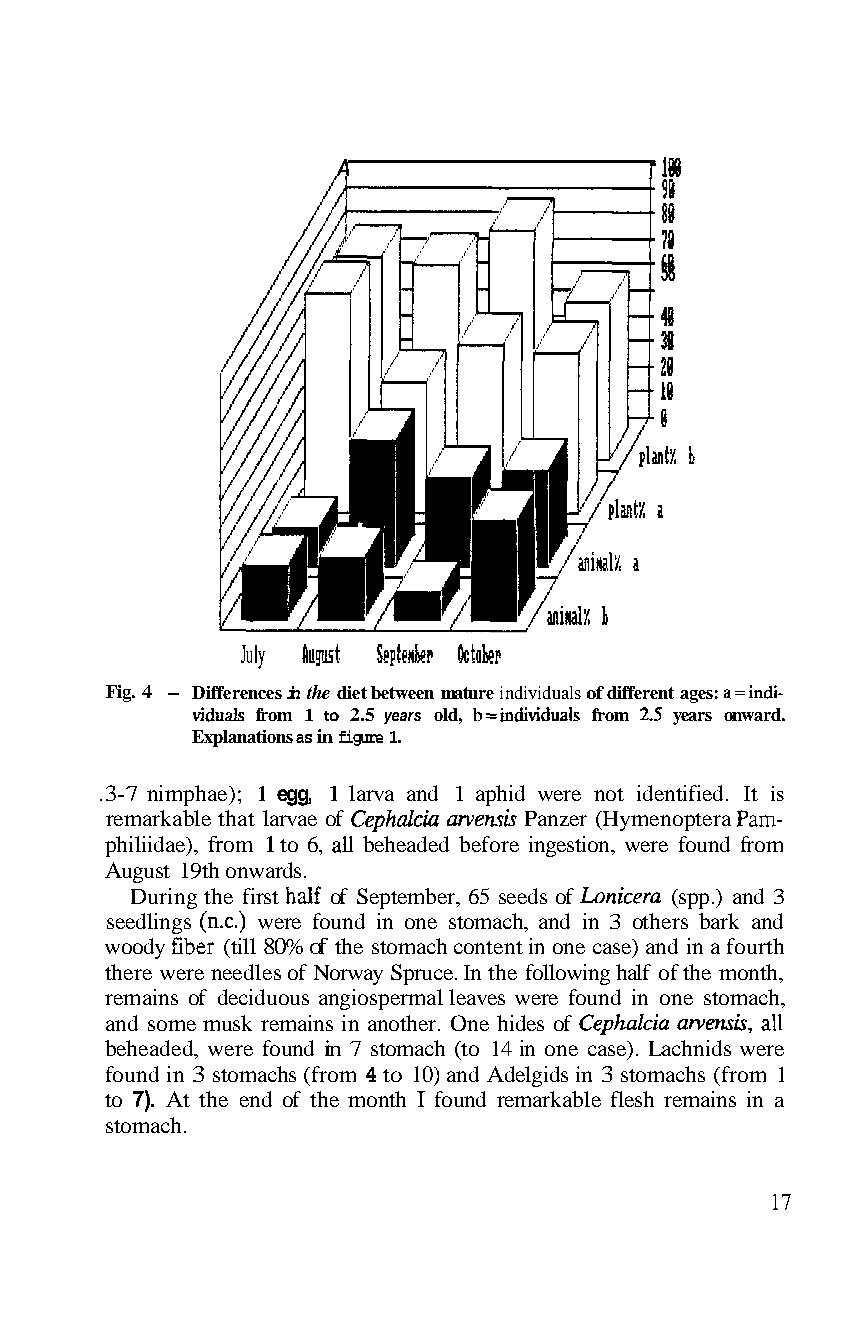
A                    I I#
 98
 i8
 4 1-
 58
 July August Septenher Octokr
 Fig. 4 - Differences in the diet between mature individuals of different ages: a=indi-
 viduals from 1 to 2.5 years old, b=individuak from 25 years onward.
 Explanations as in figure 1.
 .3-7 nimphae); 1 egg, 1 larva and 1 aphid were not identified. It is
 remarkable that larvae of Cephalcia arvenslr Panzer (Hymenoptera Pam-
 philiidae), from 1 to 6, ail beheaded before ingestion, were found from
 August 19th onwards.
 During the first half of September, 65 seeds of Lonicera (spp.) and 3
 seedlings (n.c.) were found in one stomach, and in 3 others bark and
 woody fiber (till 80% of the stomach content in one case) and in a fourth
 there were needles of Norway Spruce. In the following half of the month,
 remains of deciduous angiospermal leaves were found in one stomach,
 and some musk remains in another. One hides of Cephalcia arvensk, aii
 beheaded, were found in 7 stomach (to 14 in one case). Lachnids were
 found in 3 stomachs (from 4 to 10) and Adelgids in 3 stomachs (from 1
 to 7). At the end of the month I found remarkable flesh remains in a
 stomach.
 17